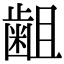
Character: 𪗱